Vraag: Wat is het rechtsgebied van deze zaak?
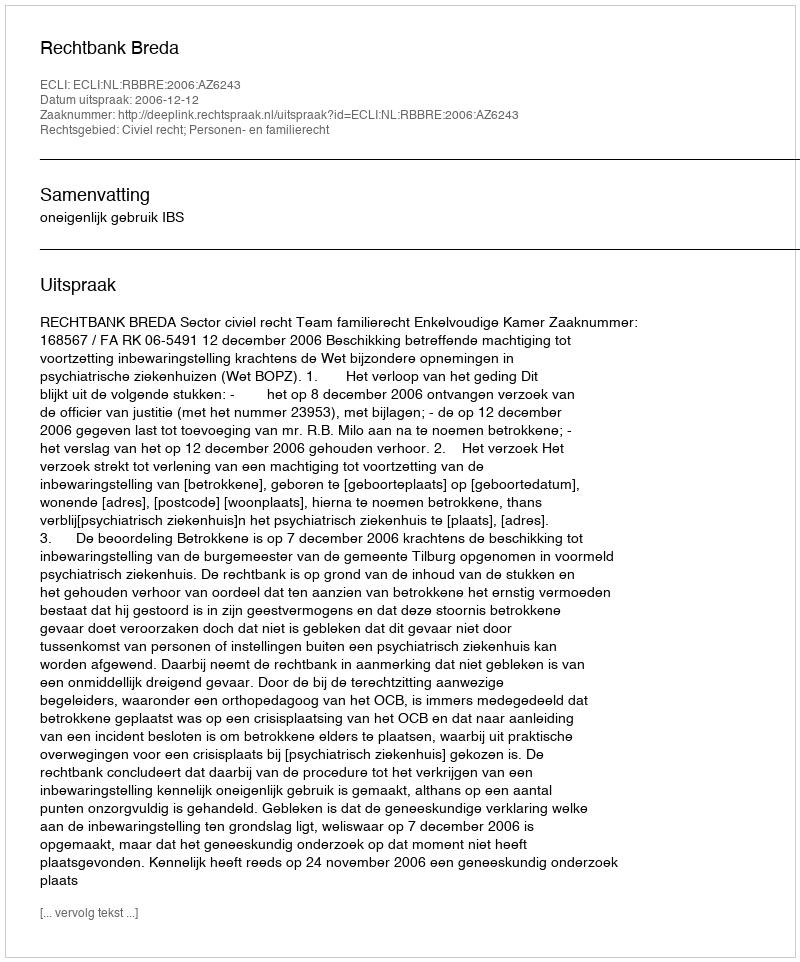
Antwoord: Civiel recht; Personen- en familierecht